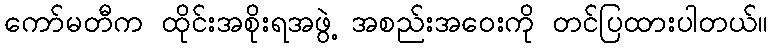
ကော်မတီက ထိုင်းအစိုးရအဖွဲ့ အစည်းအဝေးကို တင်ပြထားပါတယ်။